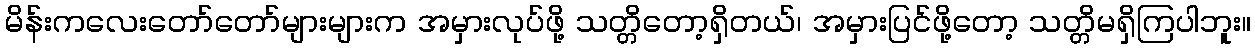
မိန်းကလေးတော်တော်များများက အမှားလုပ်ဖို့ သတ္တိတော့ရှိတယ်၊ အမှားပြင်ဖို့တော့ သတ္တိမရှိကြပါဘူး။